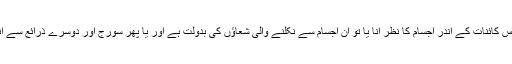
روز مرہ مشاہدات اور سائنسی تجربات کی روشنی میں یہ بات ثابت ہوئی کہ اس کائنات کے اندر اجسام کا نظر آنا یا تو ان اجسام سے نکلنے والی شعاؤں کی بدولت ہے اور یا پھر سورج اور دوسرے ذرائع سے آنے والی روشنی کے اجسام سے ٹکرانے کے بعد منعکس ہونے کے سبب ہے۔